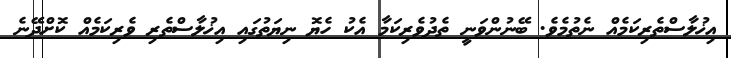
އިޚުލާސްތެރިކަމެއް ނެތުމެވެ. ބޭނުންވަނީ ތެދުވެރިކަމާ އެކު ހެޔޮ ނިޔަތުގައި އިޚުލާސްތެރި ވެރިކަމެއް ކޮށްދޭނެ